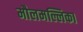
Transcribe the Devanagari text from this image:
मौलमल्लिका